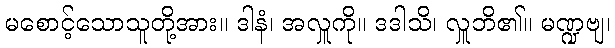
မစောင့်သောသူတို့အား။ ဒါနံ၊ အလှူကို။ ဒဒါသိ၊ လှူဘိ၏။ မဏ္ဍဗျ၊